Civil Veterinary Department. Madras. Admin. report 1926-33 - 1926-1933
Year: 1926
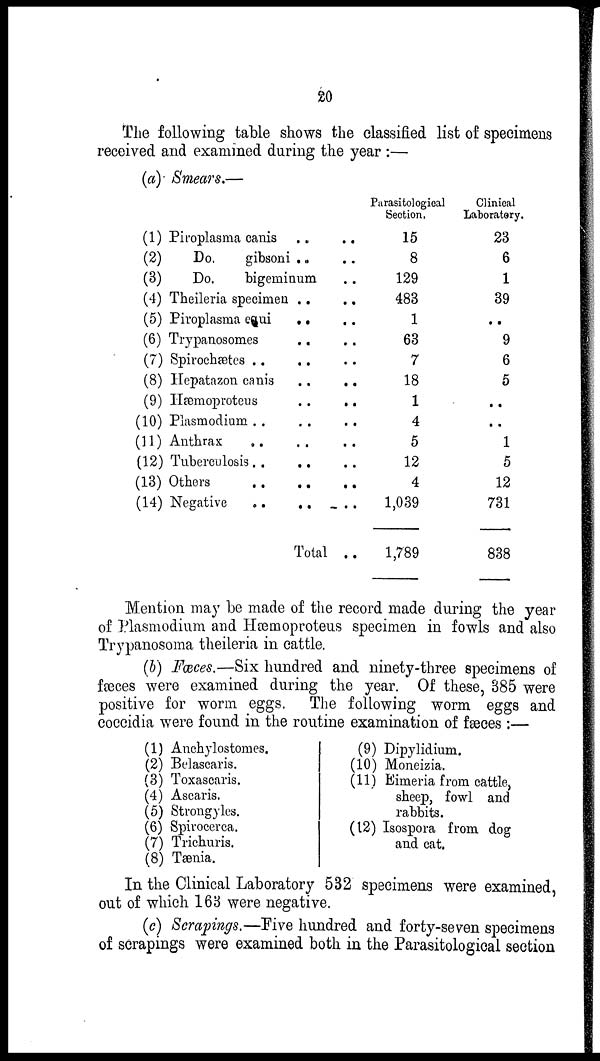
20
The following table shows the classified list of specimens
received and examined during the year :—
(a) Smears.—
(1) Piroplasma canis
(2)
Do.
gibsoni
.. ..
.. ..
(3)
Do.
bigeminum ..
(4) Theileria specimen
(5) Piroplasma equi
(6) Trypanosomes
(7) Spirochetes ..
(8) Hepatazon canis
(9) Hæmoproteus
(10) Plasmodiam . .
(11) Anthrax ..
(12) Tuberculosis ..
(13) Others ..
(14) Negative ..
.. ..
.. ..
.. ..
.. ..
.. ..
.. ..
.. ..
.. ..
.. ..
.. ..
.. ..
Total ..
Parasitological
Section.
15
8
129
483
1
63
7
18
1
4
5
12
4
1,039
1,789
Clinical
Laboratory.
23
6
1
39
..
9
6
5
..
..
1
5
12
731
838
Mention may be made of the record made during the year
of Plasmodium and Hæmoproteus specimen in fowls and also
Trypanosoma theileria in cattle.
(b) Fæces.—Six hundred and ninety-three specimens of
fæces were examined during the year. Of these, 385 were
positive for worm eggs. The following worm eggs and
coccidia were found in the routine examination of fæces :—
(1) Anchylostomes.
(2) Belascaris.
(3) Toxascaris.
(4) Ascaris.
(5) Strongyles.
(6) Spirocerca.
(7) Trichuris.
(8) Tænia.
(9) Dipylidium.
(10) Moneizia.
(11) Eimeria from cattle,
sheep, fowl and
rabbits.
(12) Isospora from dog
and cat.
In the Clinical Laboratory 532 specimens were examined,
out of which 163 were negative.
(c) Scrapings.—Five hundred and forty-seven specimens
of scrapings were examined both in the Parasitological section